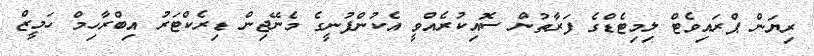
ރިޔަން ޕްރައިވެޓް ލިމިޓެޑްގެ ފަރާތުން ސޮއިކުރެއްވީ އެކުންފުނީގެ މެނޭޖިން ޑިރެކްޓަރު އިބްރާހިމް ހަމީޒް